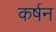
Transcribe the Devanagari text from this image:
कर्षन